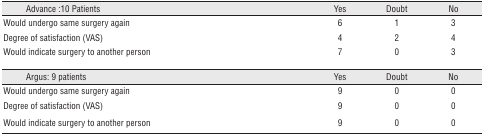
<table><thead><tr><td><b>Advance :10 Patients</b></td><td><b>Yes</b></td><td><b>Doubt</b></td><td><b>No</b></td></tr></thead><tbody><tr><td>Would undergo same surgery again</td><td>6</td><td>1</td><td>3</td></tr><tr><td>Degree of satisfaction (VAS)</td><td>4</td><td>2</td><td>4</td></tr><tr><td>Would indicate surgery to another person</td><td>7</td><td>0</td><td>3</td></tr><tr><td>Argus: 9 patients</td><td>Yes</td><td>Doubt</td><td>No</td></tr><tr><td>Would undergo same surgery again</td><td>9</td><td>0</td><td>0</td></tr><tr><td>Degree of satisfaction (VAS)</td><td>9</td><td>0</td><td>0</td></tr><tr><td>Would indicate surgery to another person</td><td>9</td><td>0</td><td>0</td></tr></tbody></table>